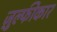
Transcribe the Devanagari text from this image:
ज़ुल्फीकार